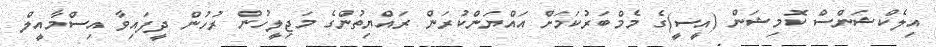
އިލެކްޝަންސް ކޮމިޝަން (އީސީ)ގެ މެމްބަރުކަމަށް އައްޔަންކުރަން ރައްޔިތުންގެ މަޖިލީހުން ރުހުން ދީފައިވާ އިސްމާއީލް